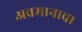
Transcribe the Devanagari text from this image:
अवमानाचा